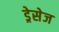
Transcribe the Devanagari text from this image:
ड्रेसेज